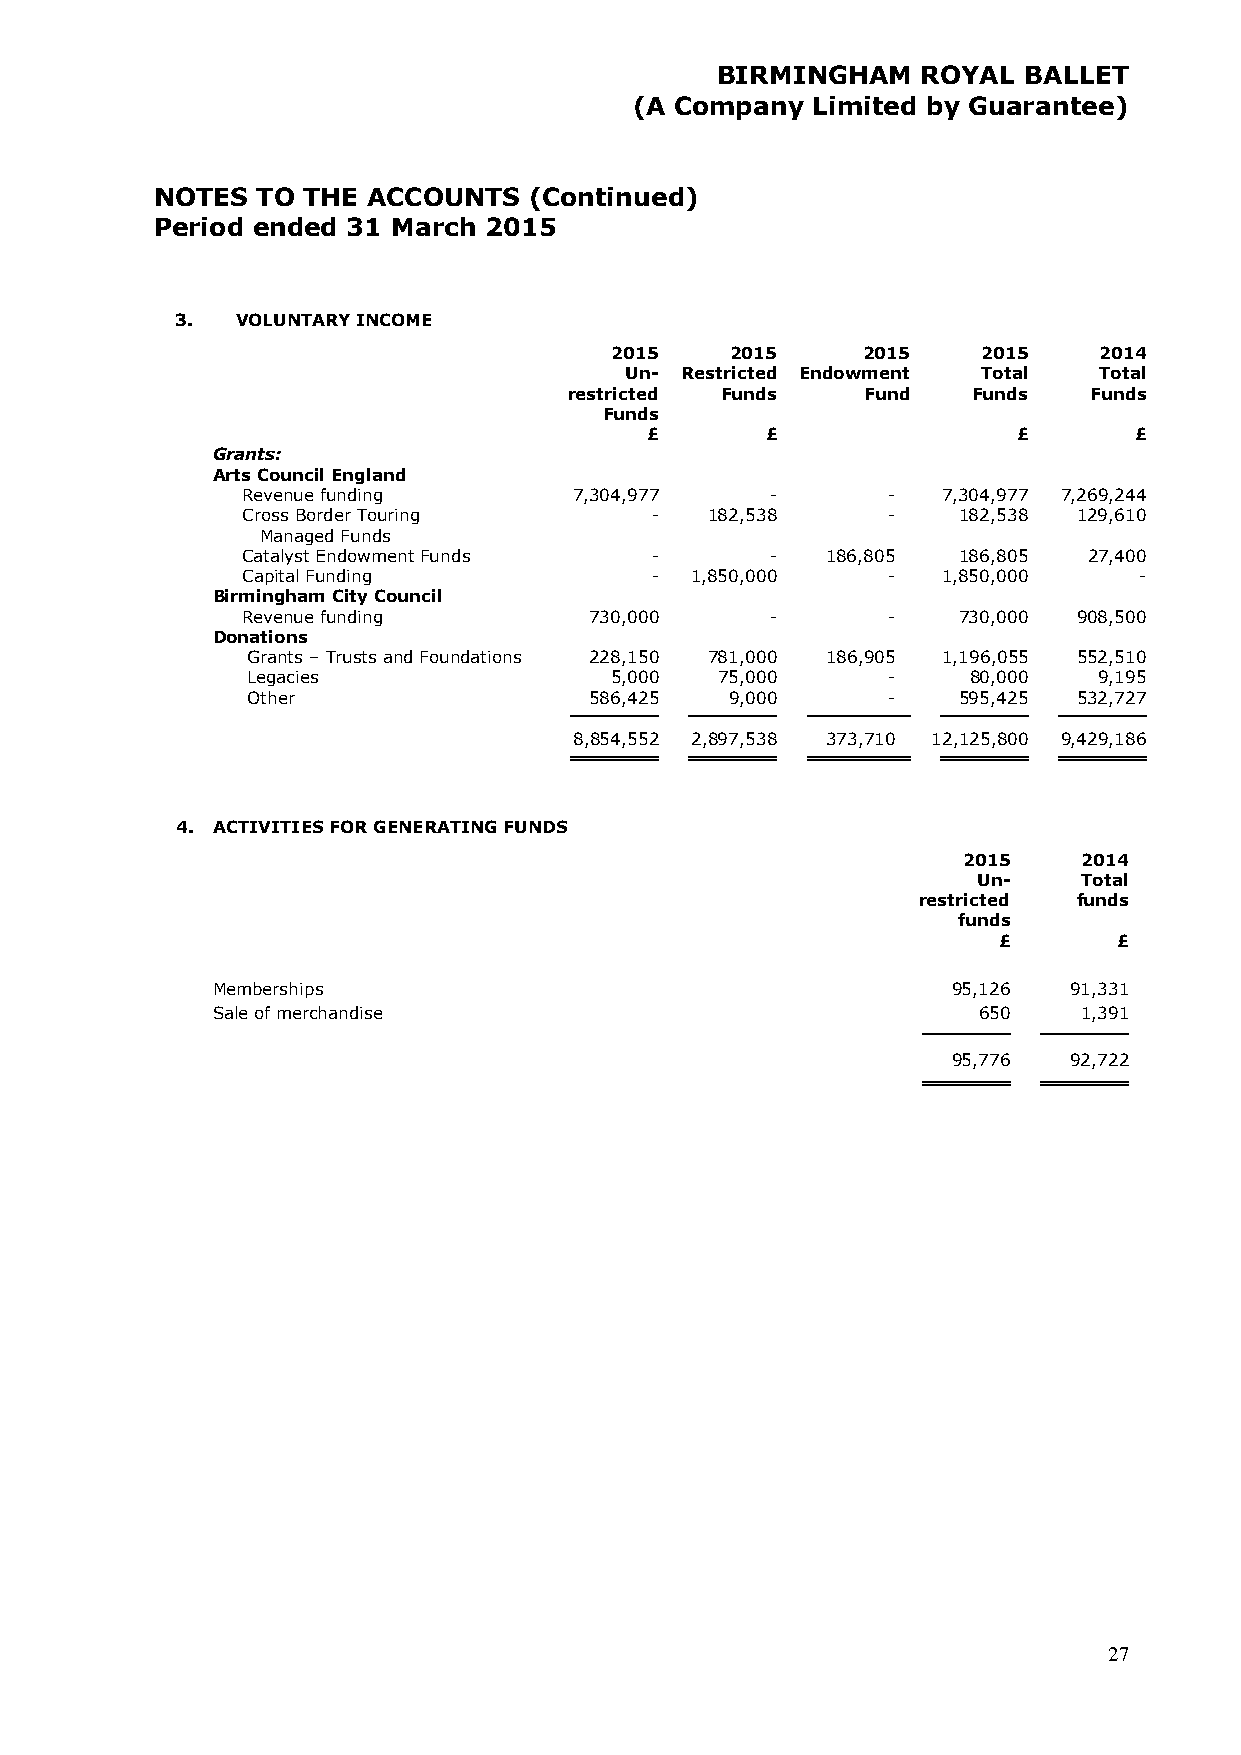
BIRMINGHAM    ROYAL  BALLET
 (A Company  Limited by Guarantee)
 NOTES  TO THE ACCOUNTS   (Continued)
 Period ended 31 March 2015
 3.  VOLUNTARY INCOME
 2015    2015     2015    2015    2014
 Un- Restricted Endowment Total  Total
 restricted Funds   Fund   Funds   Funds
 Funds
 £       £               £       £
 Grants:
 Arts Council England
 Revenue funding       7,304,977    -       -  7,304,977 7,269,244
 Cross Border Touring       -   182,538     -   182,538 129,610
 Managed Funds
 Catalyst Endowment Funds   -       -   186,805 186,805  27,400
 Capital Funding            -  1,850,000    -  1,850,000    -
 Birmingham City Council
 Revenue funding        730,000     -       -   730,000 908,500
 Donations
 Grants – Trusts and Foundations 228,150 781,000 186,905 1,196,055 552,510
 Legacies                5,000   75,000     -    80,000   9,195
 Other                  586,425  9,000      -   595,425 532,727
 8,854,552 2,897,538 373,710 12,125,800 9,429,186
 4. ACTIVITIES FOR GENERATING FUNDS
 2015    2014
 Un-    Total
 restricted funds
 funds
 £       £
 Memberships                                      95,126  91,331
 Sale of merchandise                                650    1,391
 95,776  92,722
 27